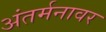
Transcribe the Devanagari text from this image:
अंतर्मनावर